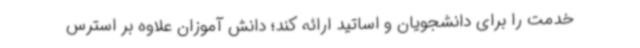
خدمت را برای دانشجویان و اساتید ارائه کند؛ دانش آموزان علاوه بر استرس